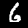
Digit: 6